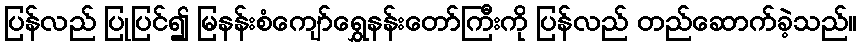
ပြန်လည် ပြုပြင်၍ မြနန်းစံကျော်ရွှေနန်းတော်ကြီးကို ပြန်လည် တည်ဆောက်ခဲ့သည်။